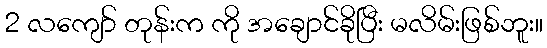
2 လကျော် တုန်းက ကို အချောင်ခိုပြီး မလိမ်းဖြစ်ဘူး။